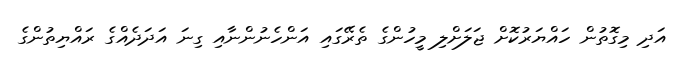
އަދި މިގޮތުން ހައްޔަރުކޮށް ޖަލަށްލި މީހުންގެ ތެރޭގައި އަންހެނުންނާއި ގިނަ އަދަދެއްގެ ރައްޔިތުންގެ